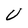
Character: U